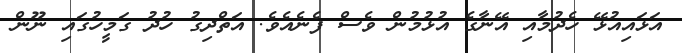
އަޅައިއުޅޭ ހެދުމާއި އޭނާގެ އުޅުމުން ވެސް ފެނެއެވެ. އަތްދިގު ހުދު ގަމީހުގައި ނޫން